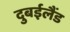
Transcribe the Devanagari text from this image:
दुबईलैंड